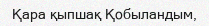
Қара қыпшақ Қобыландым,